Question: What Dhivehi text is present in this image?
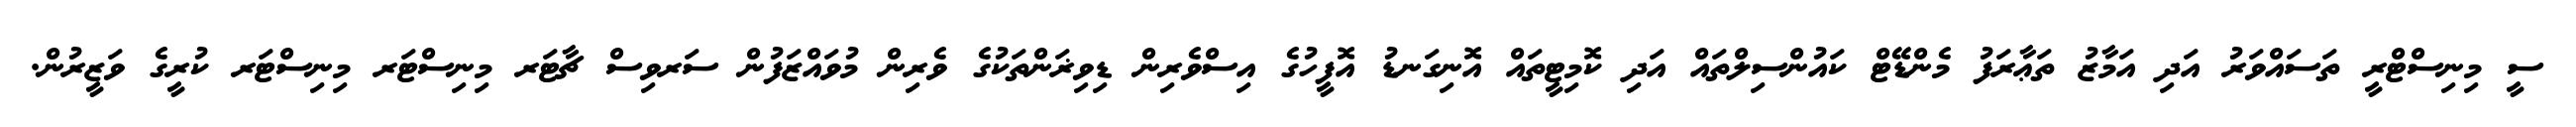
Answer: ސީ މިނިސްޓްރީ ތަސައްވަރު އަދި އަމާޒު ތަޢާރަފު މެންޑޭޓް ކައުންސިލްތައް އަދި ކޮމިޓީތައް އޮނިގަނޑު އޮފީހުގެ އިސްވެރިން ޑިވިޜަންތަކުގެ ވެރިން މުވައްޒަފުން ސަރވިސް ޗާޓަރ މިނިސްޓަރ މިނިސްޓަރ ކުރީގެ ވަޒީރުން.